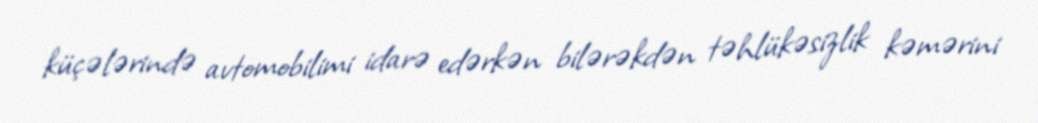
küçələrində avtomobilimi idarə edərkən bilərəkdən təhlükəsizlik kəmərini